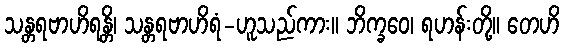
သန္တရဗာဟိရန္တိ၊ သန္တရဗာဟိရံ-ဟူသည်ကား။ ဘိက္ခဝေ၊ ရဟန်းတို့။ တေဟိ